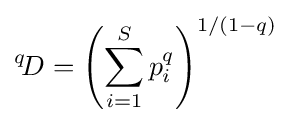
{}^{q}\!D=\left({\sum _{i=1}^{S}p_{i}^{q}}\right)^{1/(1-q)}